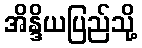
အိန္ဒိယပြည်သို့